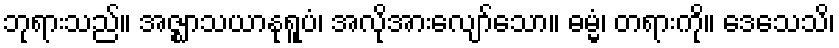
ဘုရားသည်။ အဇ္ဈာသယာနုရူပံ၊ အလိုအားလျော်သော။ ဓမ္မံ၊ တရားကို။ ဒေသေသိ၊